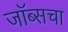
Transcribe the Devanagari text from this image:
जॉब्सचा